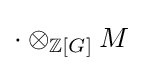
\cdot \otimes _{\mathbb {Z} [G]}M